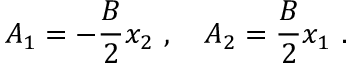
A _ { 1 } = - \frac { B } { 2 } x _ { 2 } \ , \quad A _ { 2 } = \frac { B } { 2 } x _ { 1 } \ .